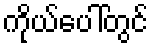
ကိုယ်ပေါ်တွင်